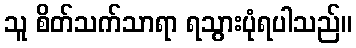
သူ စိတ်သက်သာရာ ရသွားပုံရပါသည်။